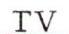
TV